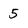
Character: 5